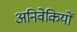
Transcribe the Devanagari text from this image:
अनिवेकियों